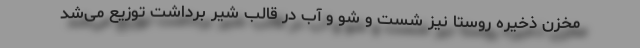
مخزن ذخیره روستا نیز شست و شو و آب در قالب شیر برداشت توزیع می‌شد